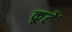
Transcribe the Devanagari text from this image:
कूटें